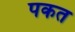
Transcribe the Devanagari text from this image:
पकत